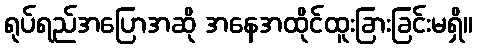
ရုပ်ရည်အပြောအဆို အနေအထိုင်ထူးခြားခြင်းမရှိ။